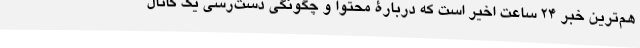
هم‌ترین خبر 24 ساعت اخیر است که دربارۀ محتوا و چگونگی دست‌رسی یک کانال